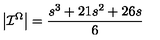
\left| \mathcal { I } ^ { \Omega } \right| = \frac { s ^ { 3 } + 2 1 s ^ { 2 } + 2 6 s } { 6 }